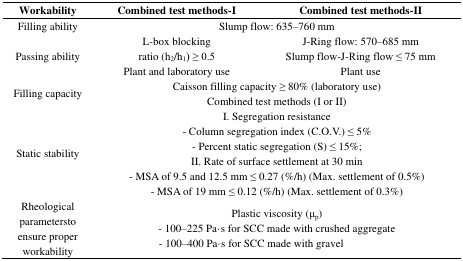
<table><thead><tr><td><b>Workability</b></td><td><b>Combined test methods-I</b></td><td><b>Combined test methods-II</b></td></tr></thead><tbody><tr><td rowspan="2">Filling ability</td><td colspan="2">Slump flow: 635–760 mm</td></tr><tr><td>L-box blocking</td><td>J-Ring flow: 570–685 mm</td></tr><tr><td rowspan="2">Passing ability</td><td>ratio (h<sub>2</sub>/h<sub>1</sub>) ≥ 0.5</td><td>Slump flow-J-Ring flow ≤ 75 mm</td></tr><tr><td>Plant and laboratory use</td><td>Plant use</td></tr><tr><td rowspan="4">Filling capacity</td><td colspan="2">Caisson filling capacity ≥ 80% (laboratory use)</td></tr><tr><td colspan="2">Combined test methods (I or II)</td></tr><tr><td colspan="2">I. Segregation resistance</td></tr><tr><td colspan="2">- Column segregation index (C.O.V.) ≤ 5%</td></tr><tr><td rowspan="4">Static stability</td><td colspan="2">- Percent static segregation (S) ≤ 15%;</td></tr><tr><td colspan="2">II. Rate of surface settlement at 30 min</td></tr><tr><td colspan="2">- MSA of 9.5 and 12.5 mm ≤ 0.27 (%/h) (Max. settlement of 0.5%)</td></tr><tr><td colspan="2">- MSA of 19 mm ≤ 0.12 (%/h) (Max. settlement of 0.3%)</td></tr><tr><td rowspan="3">Rheological parametersto ensure proper workability</td><td colspan="2">Plastic viscosity (μ<sub>p</sub>)</td></tr><tr><td colspan="2">- 100–225 Pa·s for SCC made with crushed aggregate</td></tr><tr><td colspan="2">- 100–400 Pa·s for SCC made with gravel</td></tr></tbody></table>